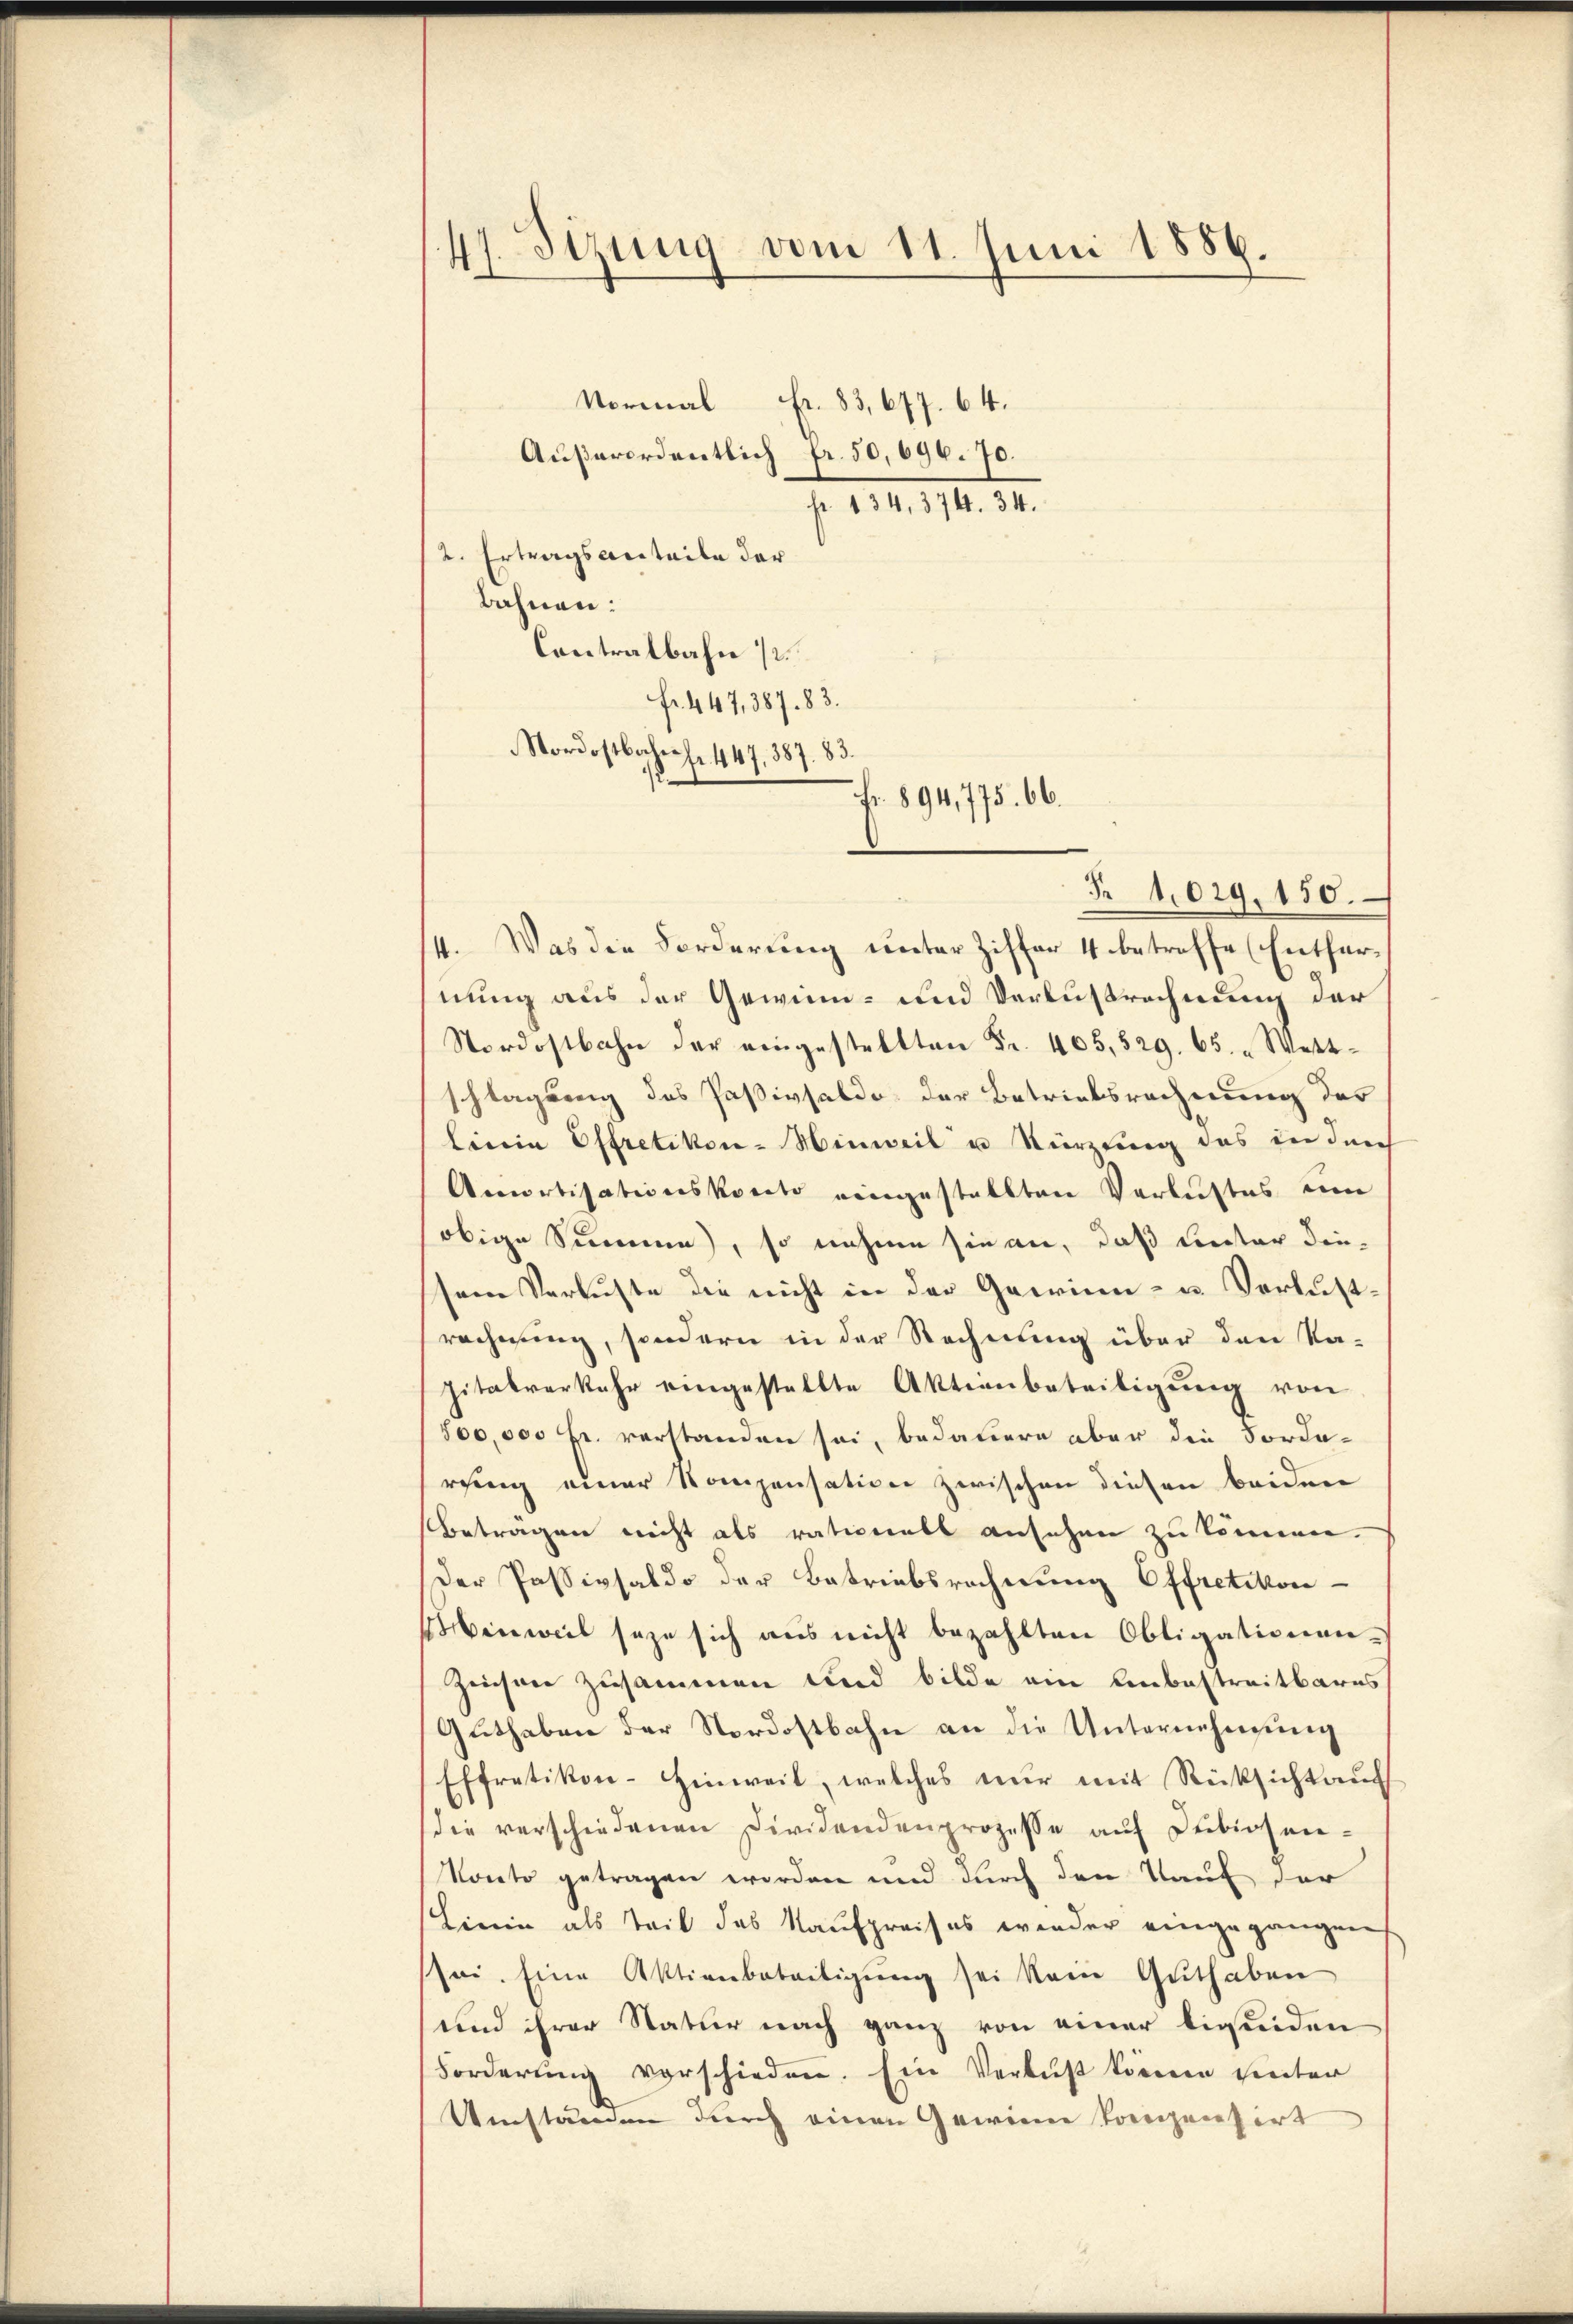
47. Sizung vom 11. Juni 1889.

Außerordentlich fr. 50,696. 70.
fr. 134, 374. 34.
2. Ertragsanteile der
Bahnen:
Contralbahn /
fr. 447, 387. 83.
R 1,029.150.
4. Was die Forderung unter Ziffer 4 betroffe (Entfernung aus der Gewinn- und Verlustrechnung der
Nordostbahn der eingestellten Fr. 405,529. 65. „Wettschlagung des Paßivsaldo der Betriebsrechnung des
linie Offretikon-Hinweil u Kürzung des in durch
Amortisationskonto eingestellten Verlustes um
obige Summe, so nahme sie an, daß Leister diesem Verluste die nicht in der Gawinen- u. Verlustrechnung, sondern in der Rechnung über den Na-
pitalverkehr eingestellte Aktienbeteiligŭng von
500,000 fr. verstanden sei, bedauern aber die Forde-
rung einer Kompensation zwischen diesen beiden
beträgen nicht als rationals ansehen zu können.
Der Passivsaldo der Betriebsrechnung Offretikon -
enweil seze sich aus nicht bezahlten Obligationen¬
Zeichnee zusammen und bilde ein Unbestreitbares
Guthaben der Nordostbahn an die Unternehmung
Effretikon-Hinweil, welches nŭr mit Rücksicht aŭf
die verschiedenen Dividendenprozesse auf Dubiosen-
Konto getragen worden und durch den Kauf der
Linie als Teil des Kaufpreises wieder eingegangen
sei. Eine Aktienbeteiligung sei kam Guthaben
und ihrer Natur nach ganz von einer ligeiden
Forderung verschieden. Ein Verlust können hinter
Umständen durch einen Gewinn vorgensirt

Nordostbahrh. 447. 387. 83.
Fr. 894, 775. 66.

Normal Fr. 83,677. 64.